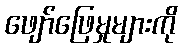
ဖျော်ဖြေမှုများကို